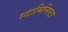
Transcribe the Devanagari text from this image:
स्वामिनिष्ठा